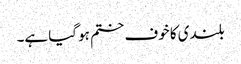
بلندی کا خوف ختم ہو گیا ہے۔